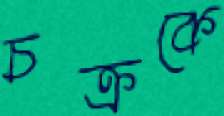
চক্রকে